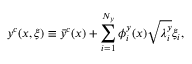
y ^ { c } ( x , \boldsymbol { \xi } ) \equiv \bar { y } ^ { c } ( x ) + \sum _ { i = 1 } ^ { N _ { y } } \phi _ { i } ^ { y } ( x ) \sqrt { \lambda _ { i } ^ { y } } \xi _ { i } ,